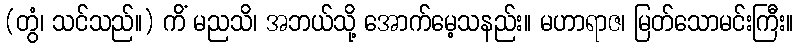
(တွံ၊ သင်သည်။) ကိံ မညသိ၊ အဘယ်သို့ အောက်မေ့သနည်း။ မဟာရာဇ၊ မြတ်သောမင်းကြီး။